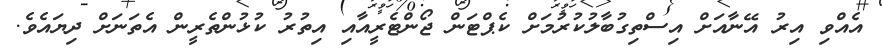
އެއްވި އިރު އޭނާއަށް އިސްތިގުބާލުކުރުމަށް ކެޕްޓަން ޖޯންޓެރީއާއި އިތުރު ކުޅުންތެރީން އެތަނަށް ދިޔައެވެ.